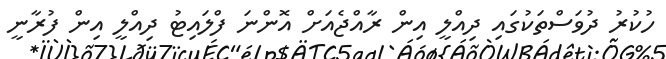
ހުކުރު ދުވަސްތަކުގައި ދިއްލީ އިން ރާއްޖެއަށް އޮންނަ ފްލައިޓު ދިއްލީ އިން ފުރާނީ